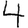
Digit: 4